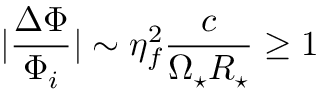
| \frac { \Delta \Phi } { \Phi _ { i } } | \sim \eta _ { f } ^ { 2 } \frac { c } { \Omega _ { \star } R _ { \star } } \ge 1